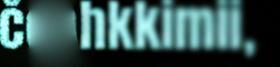
čoahkkimii,